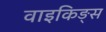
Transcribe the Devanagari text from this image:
वाइकिङ्स